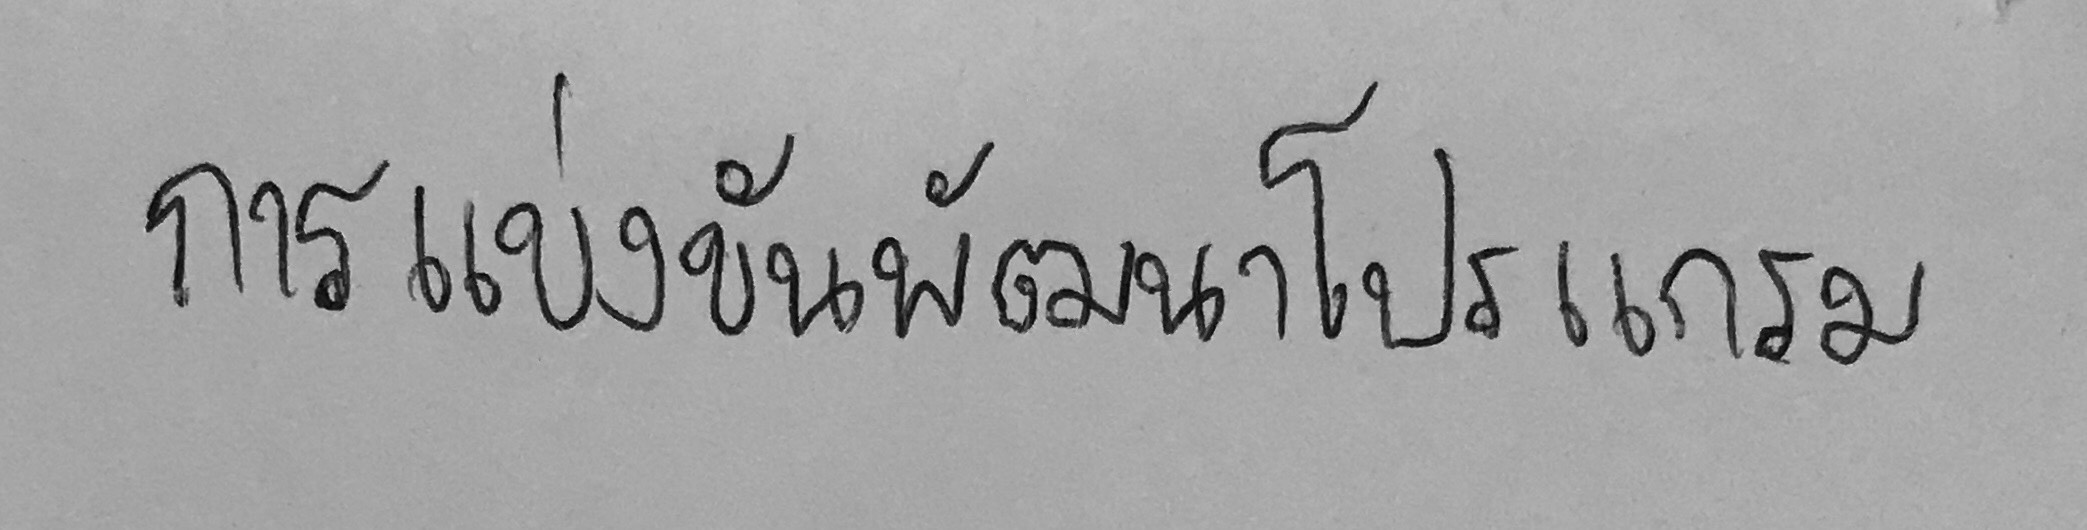
การแข่งขันพัฒนาโปรแกรม